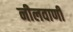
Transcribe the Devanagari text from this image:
नीलवाणी